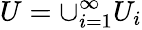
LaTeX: U=\cup_{i=1}^{\infty}U_{i}